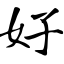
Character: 好